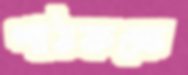
পাঠকক্ষে